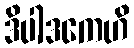
ဒိပါဒကေဟိ